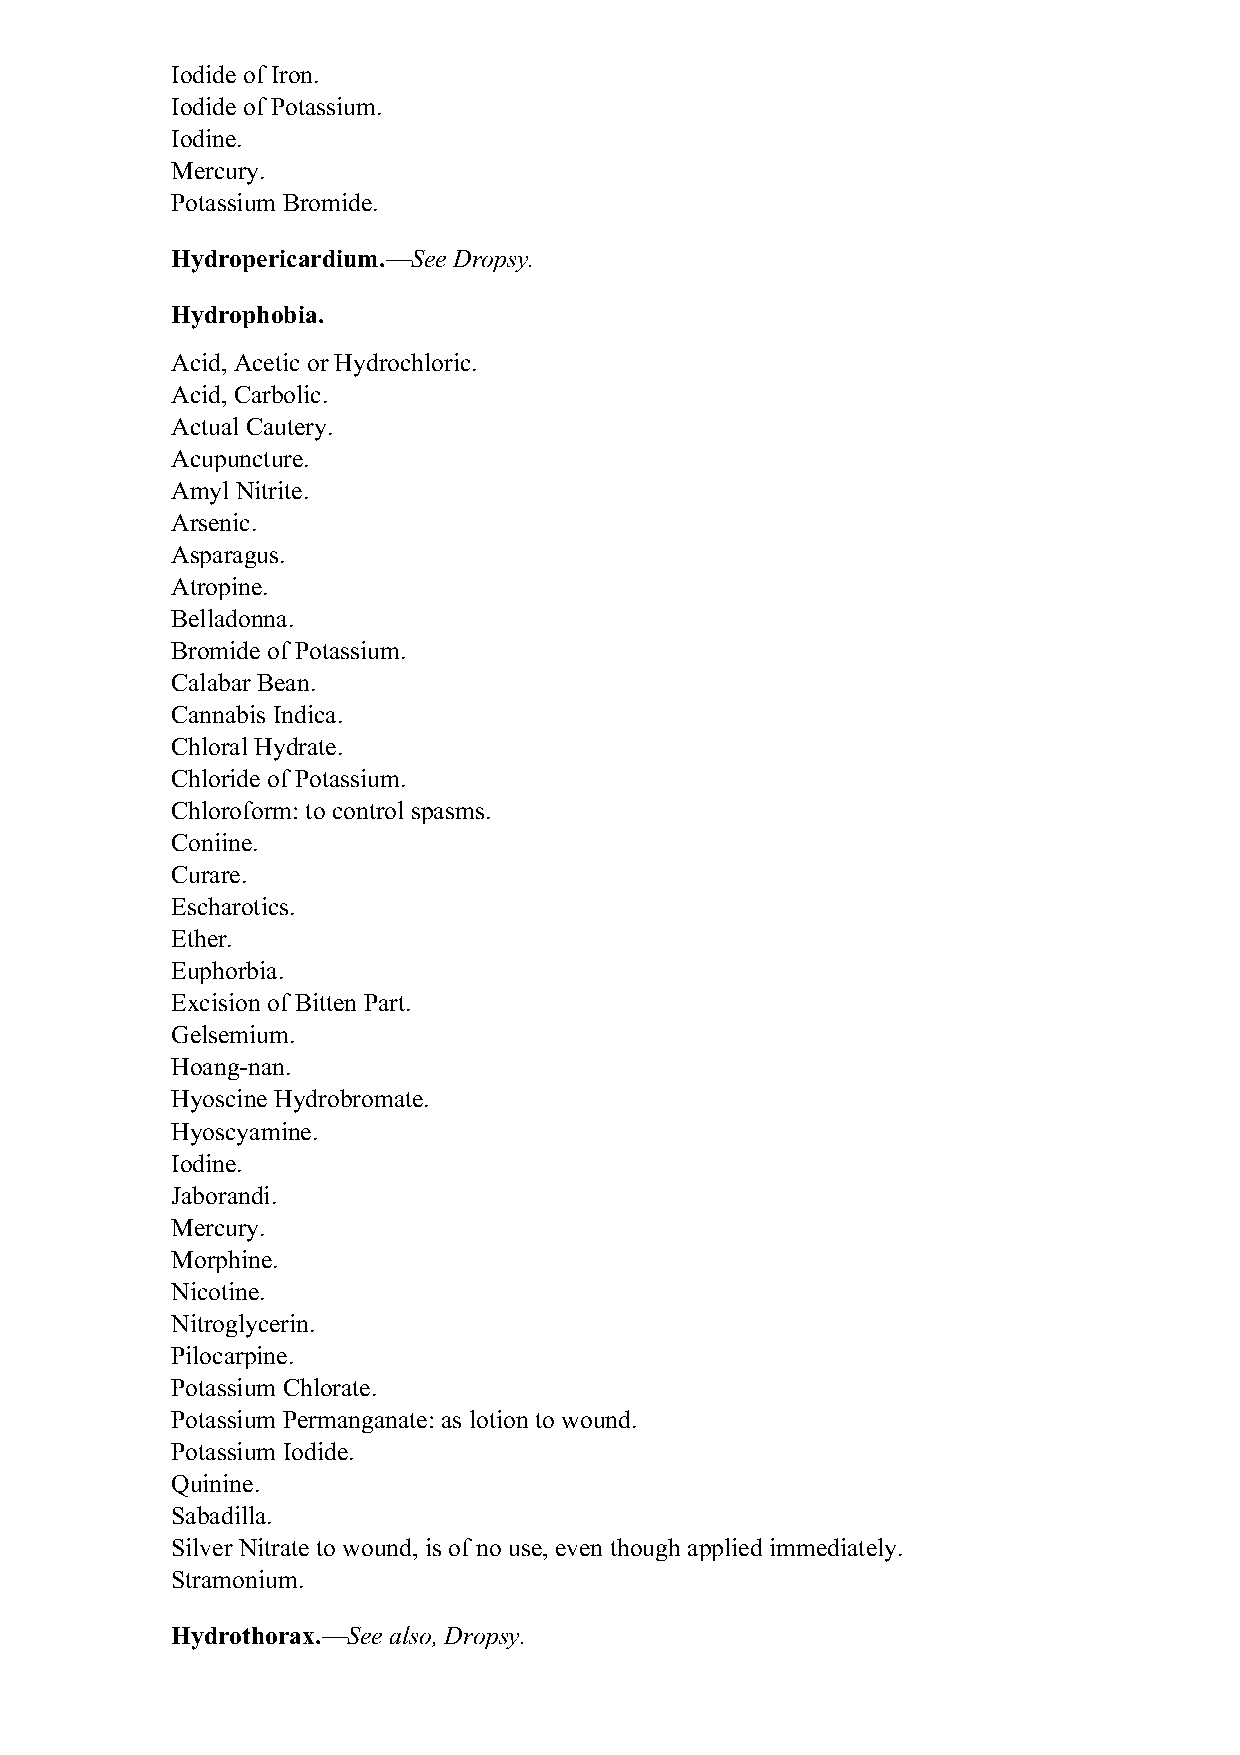
Iodide of Iron.
 Iodide of Potassium.
 Iodine.
 Mercury.
 Potassium Bromide.
 Hydropericardium.—See Dropsy.
 Hydrophobia.
 Acid, Acetic or Hydrochloric.
 Acid, Carbolic.
 Actual Cautery.
 Acupuncture.
 Amyl Nitrite.
 Arsenic.
 Asparagus.
 Atropine.
 Belladonna.
 Bromide of Potassium.
 Calabar Bean.
 Cannabis Indica.
 Chloral Hydrate.
 Chloride of Potassium.
 Chloroform: to control spasms.
 Coniine.
 Curare.
 Escharotics.
 Ether.
 Euphorbia.
 Excision of Bitten Part.
 Gelsemium.
 Hoang-nan.
 Hyoscine Hydrobromate.
 Hyoscyamine.
 Iodine.
 Jaborandi.
 Mercury.
 Morphine.
 Nicotine.
 Nitroglycerin.
 Pilocarpine.
 Potassium Chlorate.
 Potassium Permanganate: as lotion to wound.
 Potassium Iodide.
 Quinine.
 Sabadilla.
 Silver Nitrate to wound, is of no use, even though applied immediately.
 Stramonium.
 Hydrothorax.—See also, Dropsy.